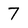
Character: 7